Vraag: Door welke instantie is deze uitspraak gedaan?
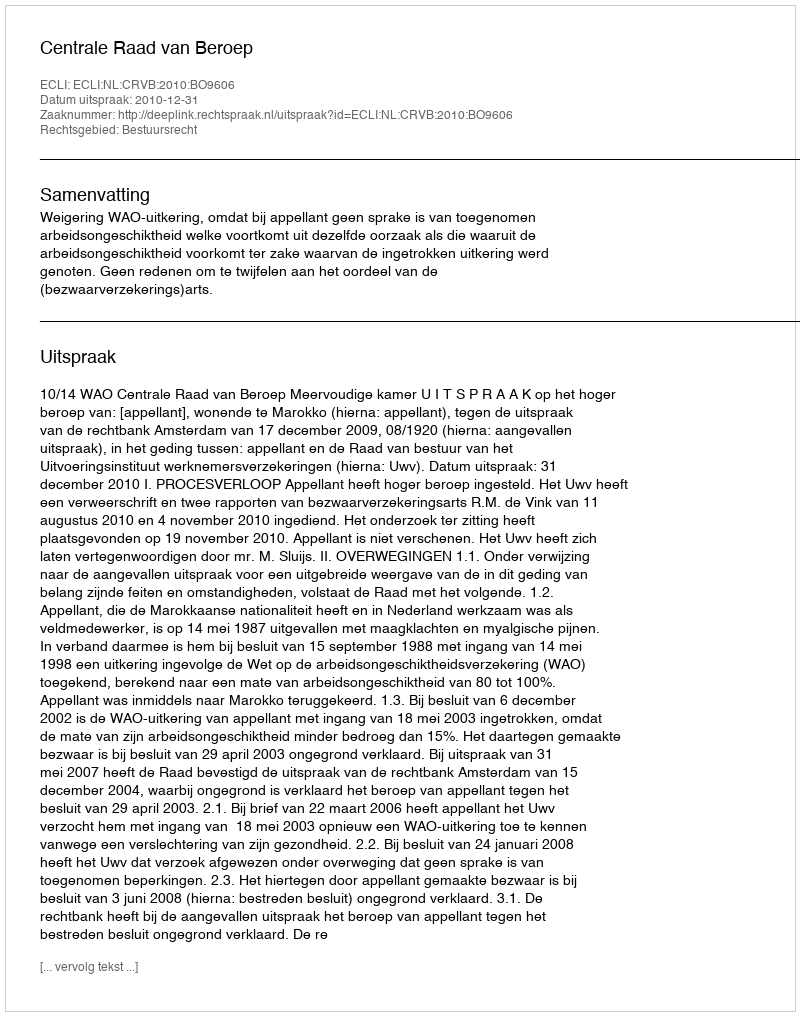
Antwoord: Centrale Raad van Beroep